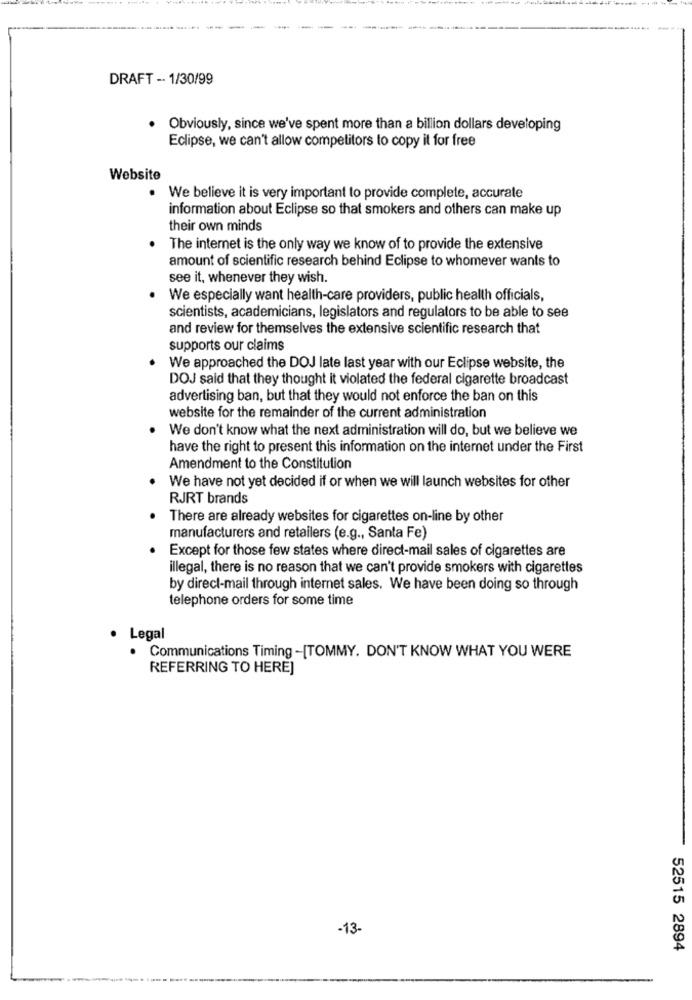
DRAFT -· 1/30/99
Obviously, since we've spent more than a billion dollars developing
Eclipse, we can't allow competitors to copy it for free
Website
· We believe it is very important to provide complete, accurate
information about Eclipse so that smokers and others can make up
their own minds
The internet is the only way we know of to provide the extensive
amount of scientific research behind Eclipse to whomever wants to
see it, whenever they wish.
We especially want health-care providers, public health officials,
scientists, academicians, legislators and regulators to be able to see
and review for themselves the extensive scientific research that
supports our claims
We approached the DOJ late last year with our Eclipse website, the
DOJ said that they thought it violated the federal cigarette broadcast
advertising ban, but that they would not enforce the ban on this
website for the remainder of the current administration
We don't know what the next administration will do, but we believe we
have the right to present this information on the internet under the First
Amendment to the Constitution
We have not yet decided if or when we will launch websites for other
RJRT brands
There are already websites for cigarettes on-line by other
manufacturers and retailers (e.g ., Santa Fe)
Except for those few states where direct-mail sales of cigarettes are
illegal, there is no reason that we can't provide smokers with cigarettes
by direct-mail through internet sales. We have been doing so through
telephone orders for some time
Legal
Communications Timing -[TOMMY. DON'T KNOW WHAT YOU WERE
REFERRING TO HERE]
-13-
52515 2894